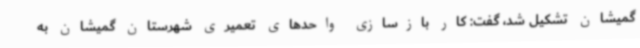
گمیشان تشکیل شد، گفت: کار بازسازی واحدهای تعمیری شهرستان گمیشان به